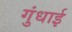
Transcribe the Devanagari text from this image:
गुंधाई